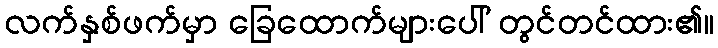
လက်နှစ်ဖက်မှာ ခြေထောက်များပေါ် တွင်တင်ထား၏။